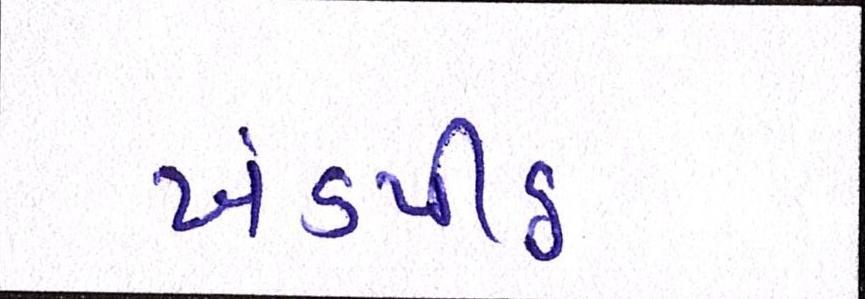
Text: ખંડપીઠ